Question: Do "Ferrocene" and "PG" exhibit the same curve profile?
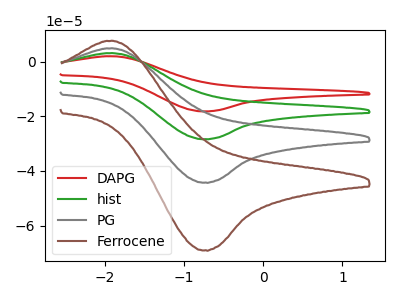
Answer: <think>The red curve "DAPG" has an anodic peak at (-1.95V, 14.65uA) and a cathodic peak at (-0.75V, -132.75uA). The green curve "hist" has an anodic peak at (-1.95V, 9.75uA) and a cathodic peak at (-0.75V, -88.50uA). The gray curve "PG" has an anodic peak at (-1.95V, 4.90uA) and a cathodic peak at (-0.75V, -44.25uA). The brown curve "Ferrocene" has an anodic peak at (-1.95V, 7.60uA) and a cathodic peak at (-0.75V, -69.05uA).
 All the peaks in "Ferrocene" have a peak in "PG" at the same potential. Every peak in "Ferrocene" is higher than every peak in "PG".</think>
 <answer>"Ferrocene" and "PG" are similar in shape.</answer>
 <eval>same_shape</eval>